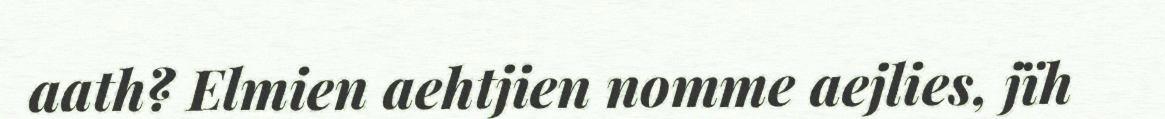
aath? Elmien aehtjien nomme aejlies, jïh